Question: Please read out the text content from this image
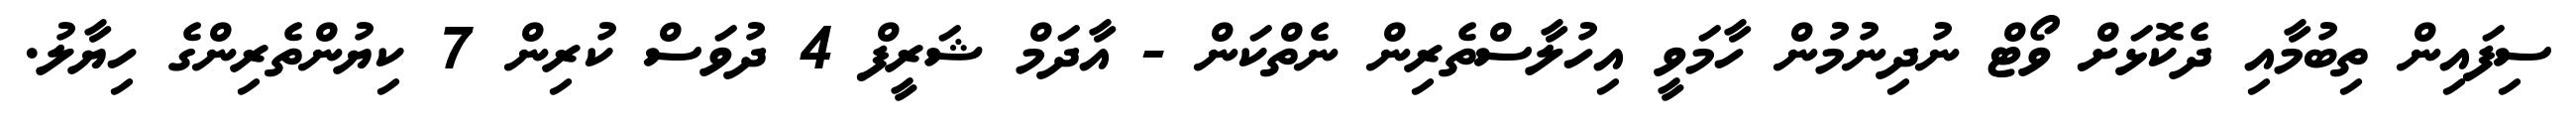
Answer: ސިފައިން ތިބުމާއި ދެކޮޅަށް ވޯޓް ނުދިނުމުން ހާމަވީ އިހުލާސްތެރިން ނެތްކަން - އާދަމް ޝަރީފް 4 ދުވަސް ކުރިން 7 ކިޔުންތެރިންގެ ހިޔާލު.